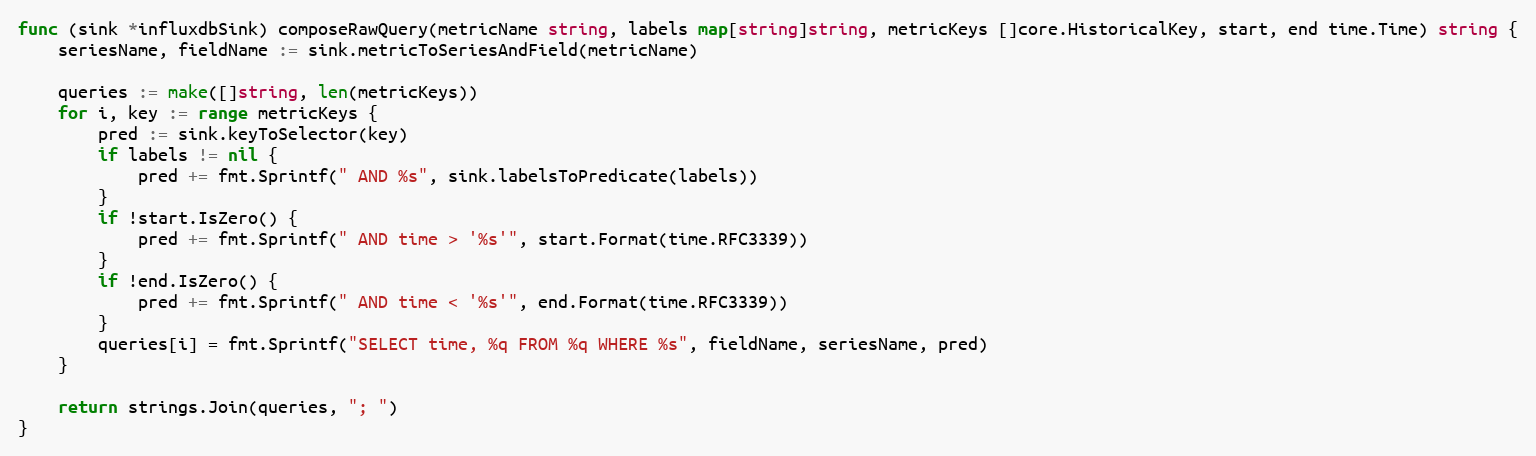
Language: Go
func (sink *influxdbSink) composeRawQuery(metricName string, labels map[string]string, metricKeys []core.HistoricalKey, start, end time.Time) string {
	seriesName, fieldName := sink.metricToSeriesAndField(metricName)

	queries := make([]string, len(metricKeys))
	for i, key := range metricKeys {
		pred := sink.keyToSelector(key)
		if labels != nil {
			pred += fmt.Sprintf(" AND %s", sink.labelsToPredicate(labels))
		}
		if !start.IsZero() {
			pred += fmt.Sprintf(" AND time > '%s'", start.Format(time.RFC3339))
		}
		if !end.IsZero() {
			pred += fmt.Sprintf(" AND time < '%s'", end.Format(time.RFC3339))
		}
		queries[i] = fmt.Sprintf("SELECT time, %q FROM %q WHERE %s", fieldName, seriesName, pred)
	}

	return strings.Join(queries, "; ")
}